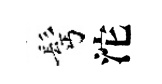
髩沱